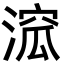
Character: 溛